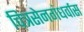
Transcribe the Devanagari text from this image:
चित्रसेनगंधर्वास